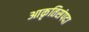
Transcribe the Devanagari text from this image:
आकृतिसंपदा